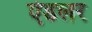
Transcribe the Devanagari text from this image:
ऐडलर